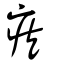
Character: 疾